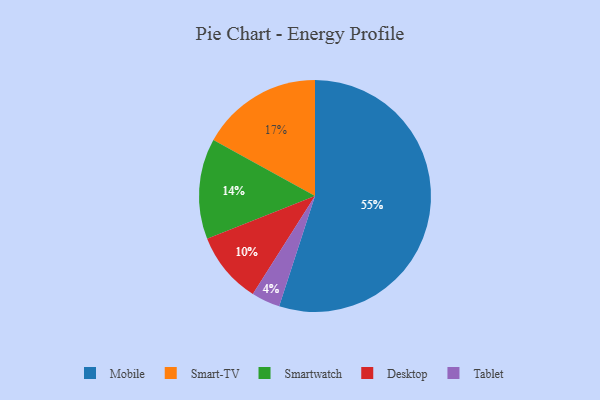
{"axis": {"x": "Category", "y": "Percentage"}, "legend": ["Desktop", "Mobile", "Smart-TV", "Smartwatch", "Tablet"], "data": [{"x": "Mobile", "y": 55, "type": "Mobile"}, {"x": "Smartwatch", "y": 14, "type": "Smartwatch"}, {"x": "Smart-TV", "y": 17, "type": "Smart-TV"}, {"x": "Tablet", "y": 4, "type": "Tablet"}, {"x": "Desktop", "y": 10, "type": "Desktop"}]}